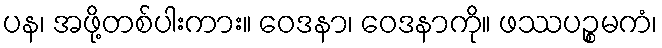
ပန၊ အဖို့တစ်ပါးကား။ ဝေဒနာ၊ ဝေဒနာကို။ ဖဿပဉ္စမကံ၊